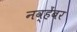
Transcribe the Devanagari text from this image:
नव्हेंबर